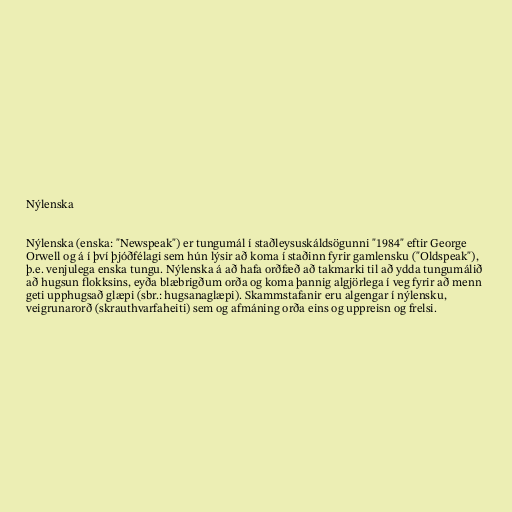
Nýlenska

Nýlenska (enska: "Newspeak") er tungumál í staðleysuskáldsögunni "1984" eftir George
Orwell og á í því þjóðfélagi sem hún lýsir að koma í staðinn fyrir gamlensku ("Oldspeak"),
þ.e. venjulega enska tungu. Nýlenska á að hafa orðfæð að takmarki til að ydda tungumálið
að hugsun flokksins, eyða blæbrigðum orða og koma þannig algjörlega í veg fyrir að menn
geti upphugsað glæpi (sbr.: hugsanaglæpi). Skammstafanir eru algengar í nýlensku,
veigrunarorð (skrauthvarfaheiti) sem og afmáning orða eins og uppreisn og frelsi.